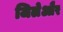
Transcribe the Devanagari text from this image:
जिलेऔर